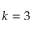
k = 3